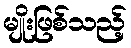
မျိုးဖြစ်သည့်